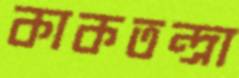
কাকতন্দ্রা